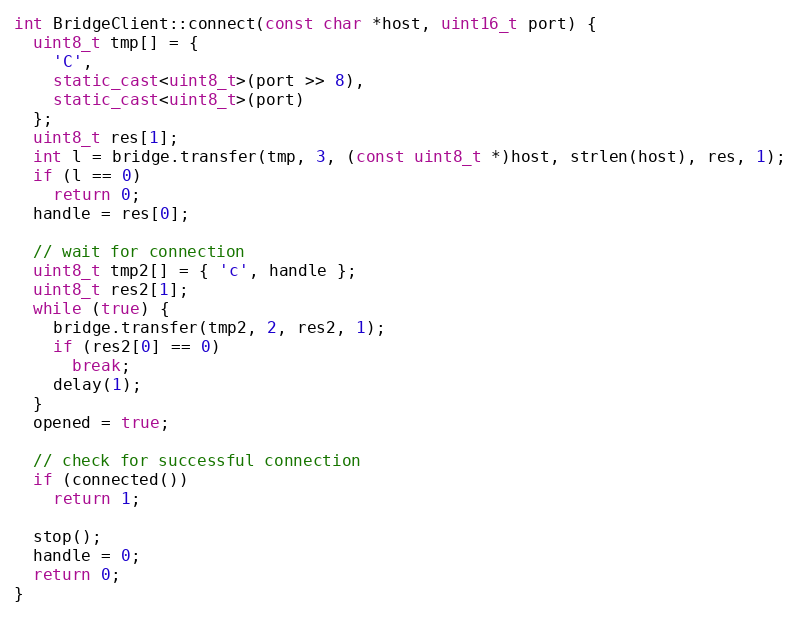
Language: C++
int BridgeClient::connect(const char *host, uint16_t port) {
  uint8_t tmp[] = {
    'C',
    static_cast<uint8_t>(port >> 8),
    static_cast<uint8_t>(port)
  };
  uint8_t res[1];
  int l = bridge.transfer(tmp, 3, (const uint8_t *)host, strlen(host), res, 1);
  if (l == 0)
    return 0;
  handle = res[0];

  // wait for connection
  uint8_t tmp2[] = { 'c', handle };
  uint8_t res2[1];
  while (true) {
    bridge.transfer(tmp2, 2, res2, 1);
    if (res2[0] == 0)
      break;
    delay(1);
  }
  opened = true;

  // check for successful connection
  if (connected())
    return 1;

  stop();
  handle = 0;
  return 0;
}